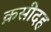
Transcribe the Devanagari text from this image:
क़सीदह